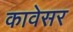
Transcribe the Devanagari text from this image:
कावेसर